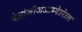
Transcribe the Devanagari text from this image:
बेओंजीजेओम्पेउरेउल